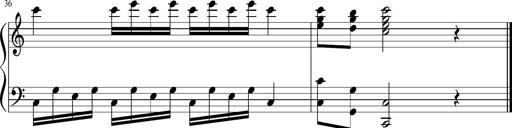
Title: Sonatina di Santa Gemma, JKB 12
Composer: Jason Baruk
Key: F major